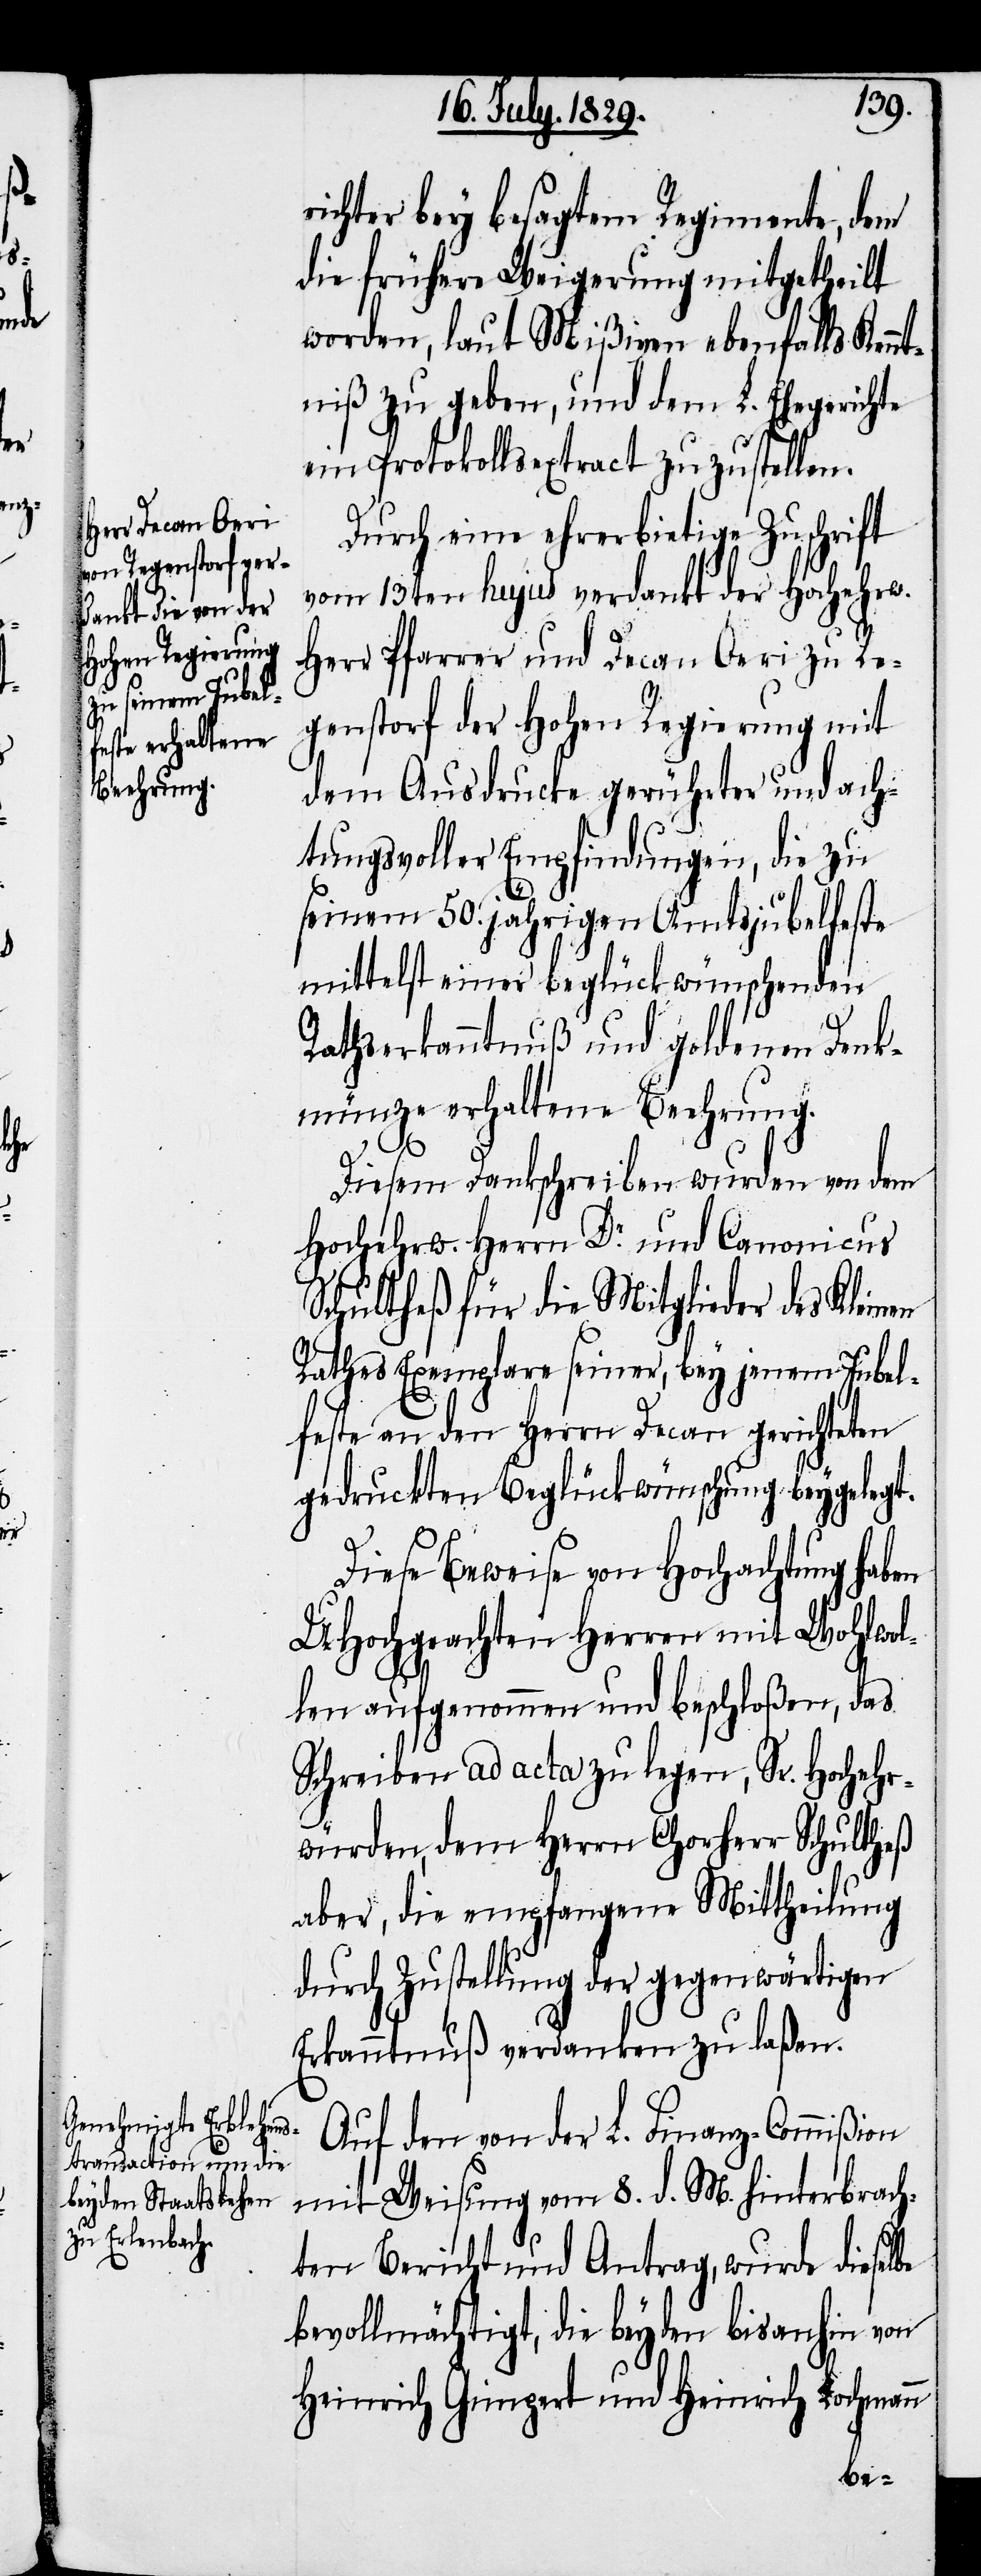
en

richter bey besagtem Regimente, dem
die frühere Weigerung mitgetheilt
worden, laut Mißiven ebenfalls Ken¬
ntniß zu geben, und dem L. Ehegerichte
ein Protokollsextract zuzustellen.
Durch eine ehrerbietige Zuschrift
vom 13ten hujus verdankt der Hochehrw.
Herr Pfarrer und Decan Oeri zu Re¬
genstorf der Hohen Regierung mit
dem Ausdrucke gerührter und ach¬
tungsvoller Empfindungen, die zu
seinem 50. jährigen Amtsjubelfeste
mittelst einer beglückwünschenden
Rathserkenntnuß und goldenen Denk¬
münze erhaltene Beehrung.
Diesem Dankschreiben wurden von dem
Hochehrw. Herrn Dr. und Canonicus
Schultheß für die Mitglieder des Klein¬
Rathes Exemplare seiner, bey jenem Jubel¬
feste an den Herrn Decan gerichteten
gedruckten Beglückwünschung beygelegt.
Diese Beweise von Hochachtung haben
UHochgeachten Herren mit Wohlwol¬
len aufgenommen und beschloßen, das
Schreiben ad acta zu legen, Sr. Hochehr¬
würden, dem Herrn Chorherr Schultheß
aber, die empfangene Mittheilung
durch Zustellung der gegenwärtigen
Erkanntnuß verdanken zu laßen.
Auf den von der L. Finanz-Commißion
mit Weisung vom 8. d. M. hinterbrach¬
ten Bericht und Antrag, wurde diesel¬
bevollmächtigt, die beyden bisanhin von
Heinrich Gimpert und Heinrich Lochmann
be